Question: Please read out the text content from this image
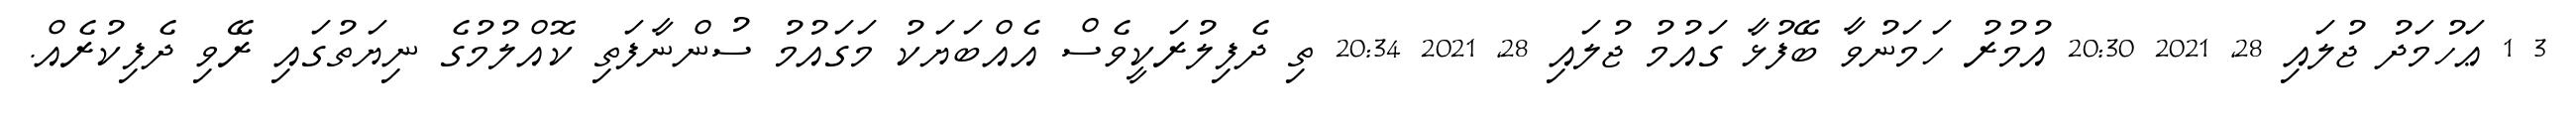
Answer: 3 1 ޢަހުމަދު ޖުލައި 28, 2021 20:30 އުމުރު ހަމަނުވާ ބޭފުޅާ ގައުމު ޖުލައި 28, 2021 20:34 ތި ދެފިލުރަކީވެސް އެއްބަޔަކު މަގައުމު ސުންނާފަތި ކޮއްލުމުގެ ނިޔަތުގައި ރޭވި ދެފިކުރެއް.